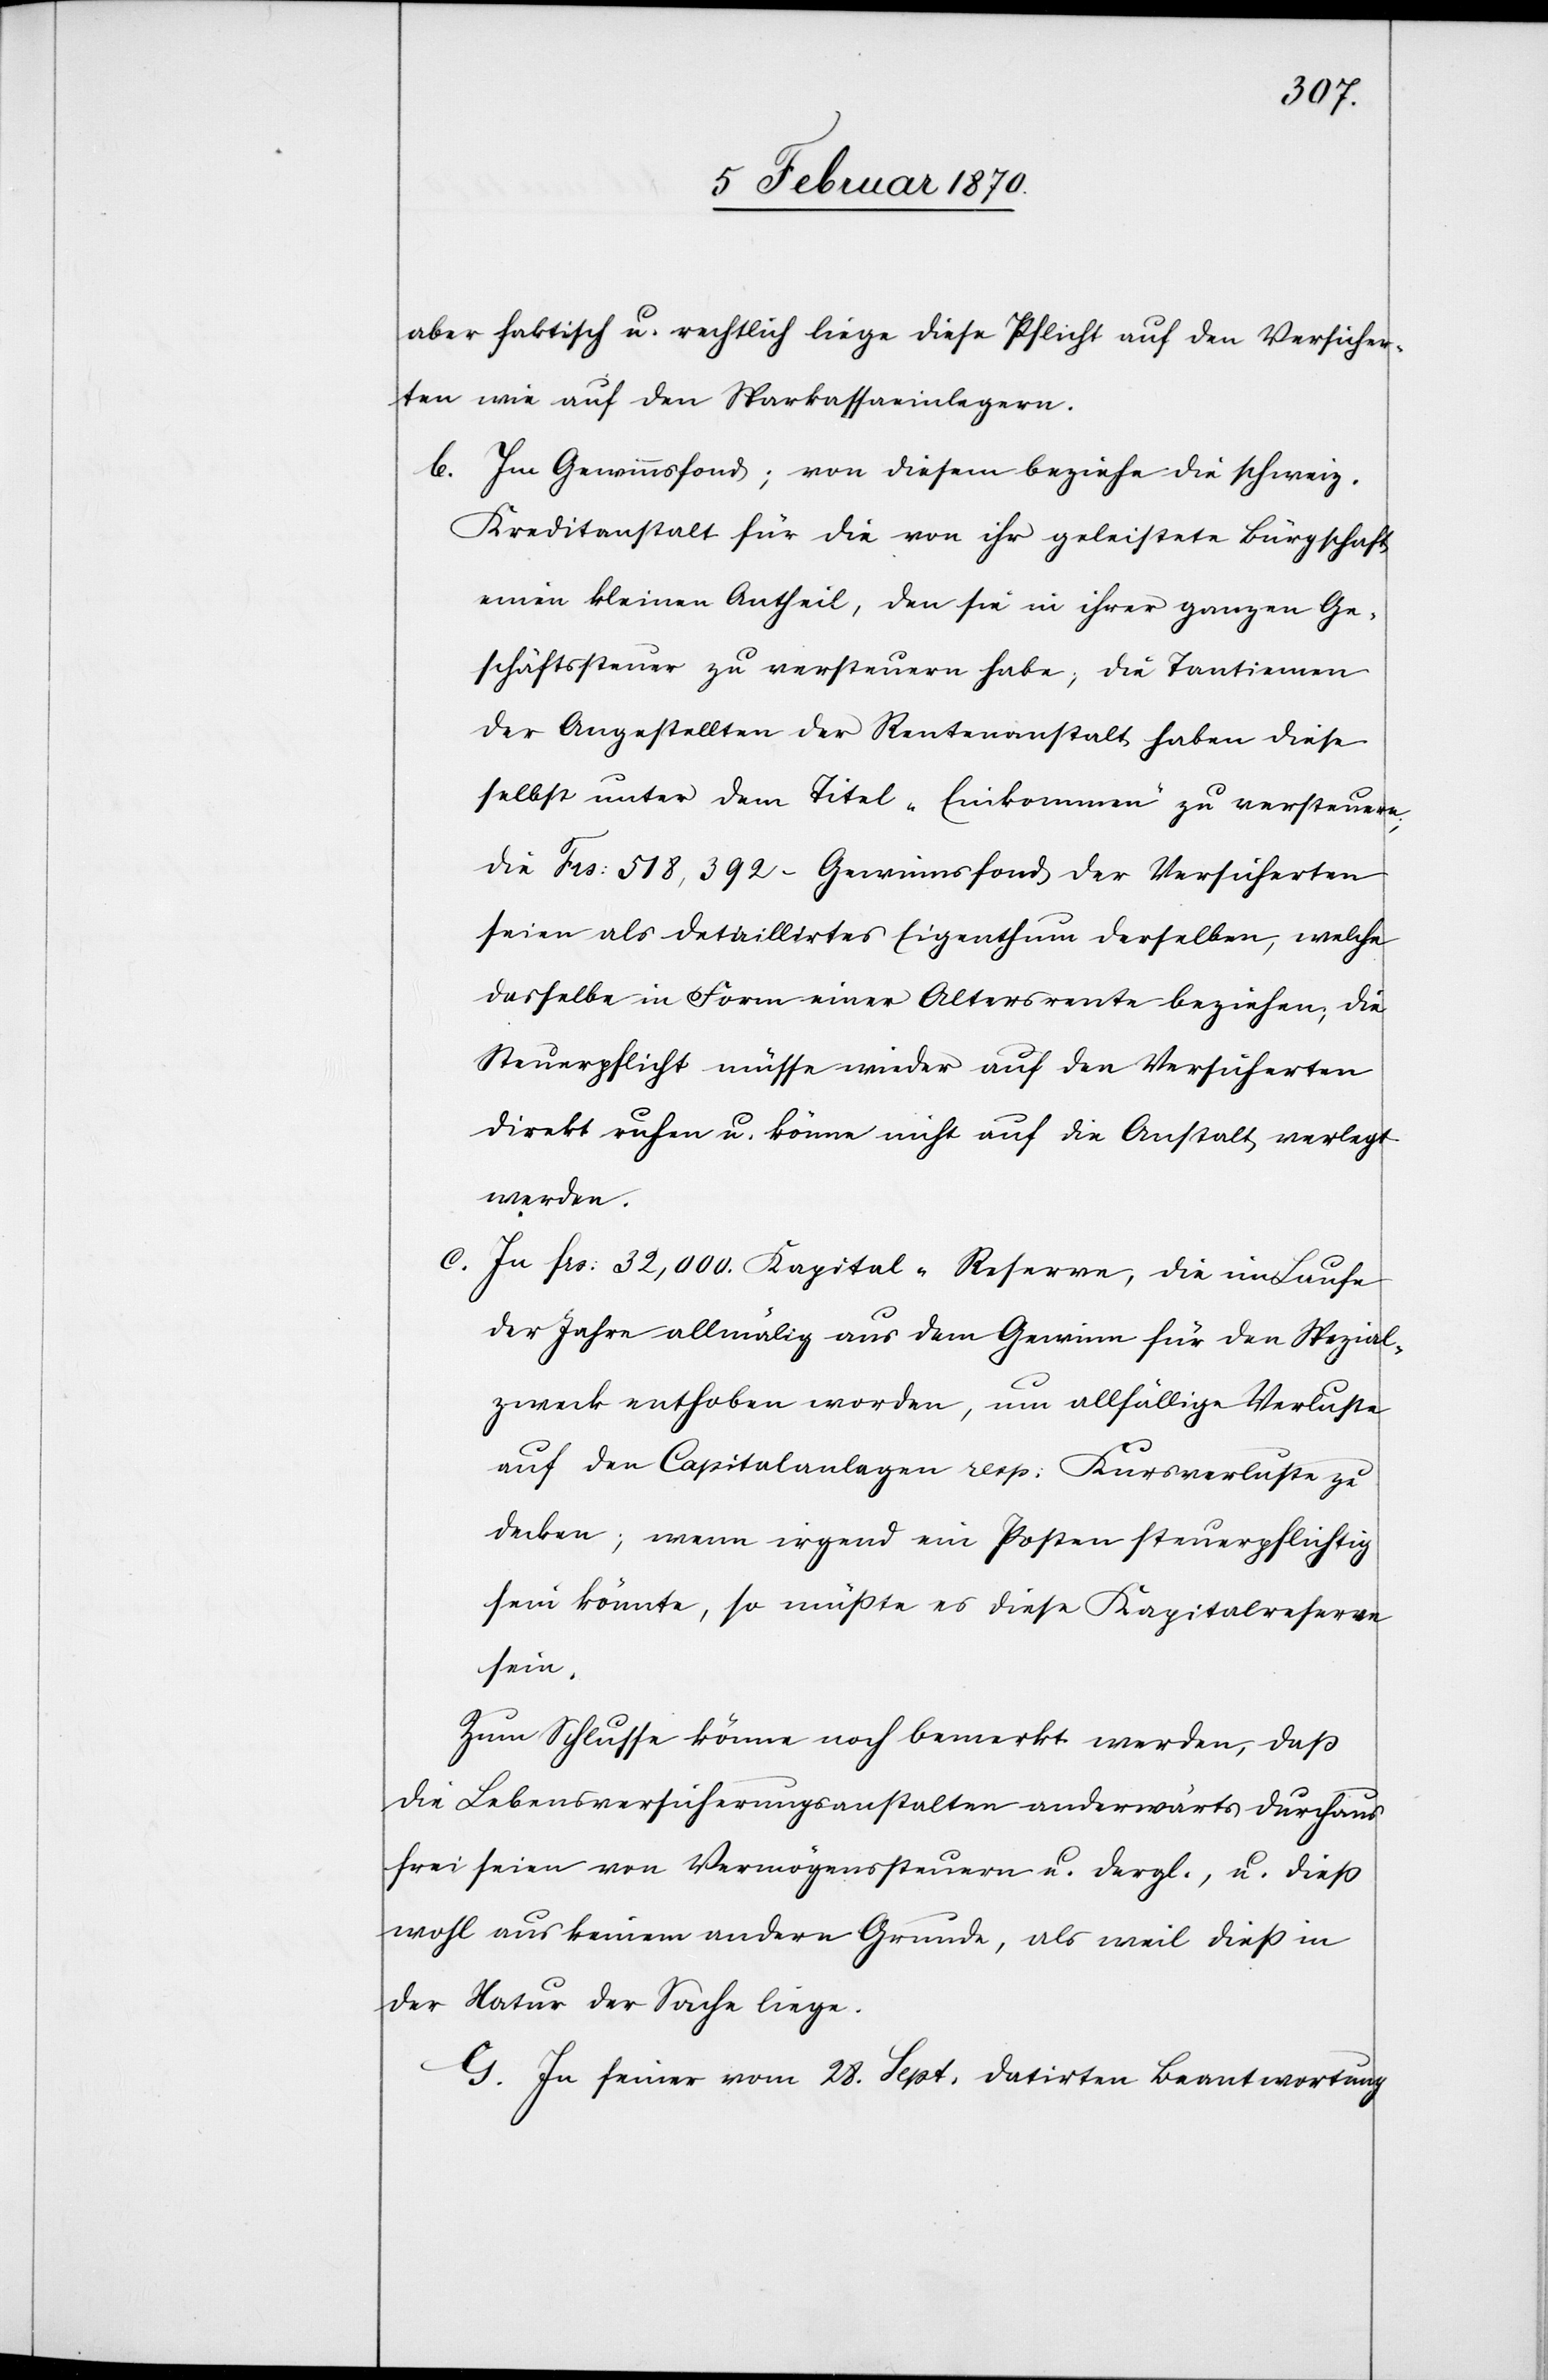
aber faktisch u. rechtlich liege diese Pflicht auf den Versicher¬
ten wie auf den Sparkassaeinlegern.
b. Im Gewinnsfond; von diesem beziehe die schweiz.
Kreditanstalt für die von ihr geleistete Bürgschaft
einen kleinen Antheil, den sie in ihrer ganzen Ge¬
schäftssteuer zu versteuern habe; die Tantiemen
der Angestellten der Rentenanstalt haben diese
selbst unter dem Titel „Einkommen“ zu versteuern;
die Frs: 518,392. Gewinnsfond der Versicherten
seien als detaillirtes Eigenthum derselben, welche
dasselbe in Form einer Altersrente beziehen; die
Steuerpflicht müsse wieder auf den Versicherten
direkt ruhen u. könne nicht auf die Anstalt verlegt
werden.
c.
In frs: 32,000. Kapital-Reserve, die im Laufe
der Jahre allmälig aus dem Gewinn für den Spezial¬
zweck enthoben worden, um allfällige Verluste
auf den Capitalanlagen resp: Kursverluste zu
decken; wenn irgend ein Posten steuerpflichtig
sein könnte, so müßte es diese Kapitalreserve
sein.
Zum Schlusse könne noch bemerkt werden, daß
die Lebensversicherungsanstalten anderwärts durchaus
frei seien von Vermögenssteuern u. dergl., u. dies
wohl aus keinem andern Grunde, als weil dieß in
der Natur der Sache liege.
G. In seiner vom 28. Sept. datirten Beantwortung